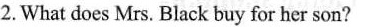
2. What does Mrs. Black buy for her son?